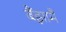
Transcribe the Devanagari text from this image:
बैंझ़ामैं